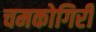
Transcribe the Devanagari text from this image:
चमकोगिरी